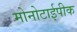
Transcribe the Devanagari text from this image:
मोनोटाईपीक